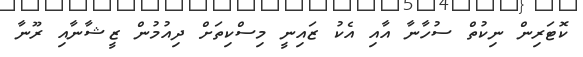
ކޮޓަރިން ނިކުތް ސުހާނާ އާއި އެކު ޒައިނީ މިސްކިތަށް ދިއުމުން ޒީޝާނާއި ރޫނާ